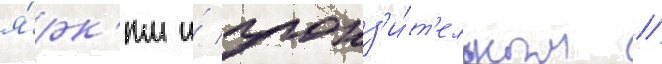
я́рк'им и́ пронз'и́т'ельным //